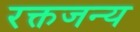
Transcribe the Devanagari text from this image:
रक्तजन्य